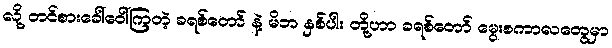
လို့ တင်စားခေါ်ဝေါ်ကြတဲ့ ခရစ်တော် နဲ့ မိဘ နှစ်ပါး တို့ဟာ ခရစ်တော် မွေးစကာလတွေမှာ